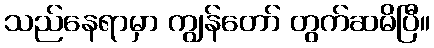
သည်နေရာမှာ ကျွန်တော် တွက်ဆမိပြီ။